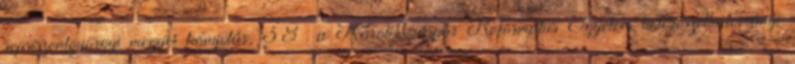
sepsiszentgyörgyi megyei könyvtár, 38 a Károli Gáspár Református Egyetem bölcsészettudományi